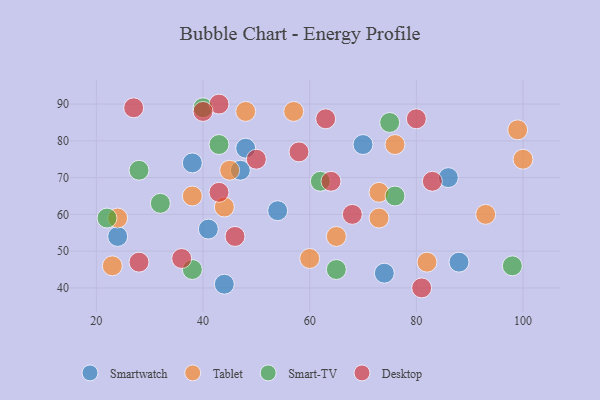
{"axis": {"x": "GDP", "y": "Life Expectancy"}, "legend": ["Desktop", "Smart-TV", "Smartwatch", "Tablet"], "data": [{"x": "41", "y": 56, "type": "Smartwatch"}, {"x": "74", "y": 44, "type": "Smartwatch"}, {"x": "24", "y": 54, "type": "Smartwatch"}, {"x": "38", "y": 74, "type": "Smartwatch"}, {"x": "48", "y": 78, "type": "Smartwatch"}, {"x": "88", "y": 47, "type": "Smartwatch"}, {"x": "86", "y": 70, "type": "Smartwatch"}, {"x": "54", "y": 61, "type": "Smartwatch"}, {"x": "47", "y": 72, "type": "Smartwatch"}, {"x": "44", "y": 41, "type": "Smartwatch"}, {"x": "70", "y": 79, "type": "Smartwatch"}, {"x": "93", "y": 60, "type": "Tablet"}, {"x": "44", "y": 62, "type": "Tablet"}, {"x": "65", "y": 54, "type": "Tablet"}, {"x": "82", "y": 47, "type": "Tablet"}, {"x": "45", "y": 72, "type": "Tablet"}, {"x": "24", "y": 59, "type": "Tablet"}, {"x": "60", "y": 48, "type": "Tablet"}, {"x": "48", "y": 88, "type": "Tablet"}, {"x": "57", "y": 88, "type": "Tablet"}, {"x": "23", "y": 46, "type": "Tablet"}, {"x": "100", "y": 75, "type": "Tablet"}, {"x": "76", "y": 79, "type": "Tablet"}, {"x": "73", "y": 66, "type": "Tablet"}, {"x": "38", "y": 65, "type": "Tablet"}, {"x": "73", "y": 59, "type": "Tablet"}, {"x": "99", "y": 83, "type": "Tablet"}, {"x": "38", "y": 45, "type": "Smart-TV"}, {"x": "65", "y": 45, "type": "Smart-TV"}, {"x": "75", "y": 85, "type": "Smart-TV"}, {"x": "28", "y": 72, "type": "Smart-TV"}, {"x": "62", "y": 69, "type": "Smart-TV"}, {"x": "43", "y": 79, "type": "Smart-TV"}, {"x": "32", "y": 63, "type": "Smart-TV"}, {"x": "98", "y": 46, "type": "Smart-TV"}, {"x": "40", "y": 89, "type": "Smart-TV"}, {"x": "22", "y": 59, "type": "Smart-TV"}, {"x": "76", "y": 65, "type": "Smart-TV"}, {"x": "43", "y": 90, "type": "Desktop"}, {"x": "28", "y": 47, "type": "Desktop"}, {"x": "36", "y": 48, "type": "Desktop"}, {"x": "58", "y": 77, "type": "Desktop"}, {"x": "80", "y": 86, "type": "Desktop"}, {"x": "81", "y": 40, "type": "Desktop"}, {"x": "68", "y": 60, "type": "Desktop"}, {"x": "83", "y": 69, "type": "Desktop"}, {"x": "50", "y": 75, "type": "Desktop"}, {"x": "43", "y": 66, "type": "Desktop"}, {"x": "63", "y": 86, "type": "Desktop"}, {"x": "27", "y": 89, "type": "Desktop"}, {"x": "46", "y": 54, "type": "Desktop"}, {"x": "40", "y": 88, "type": "Desktop"}, {"x": "64", "y": 69, "type": "Desktop"}]}